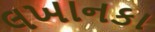
લખાનકા